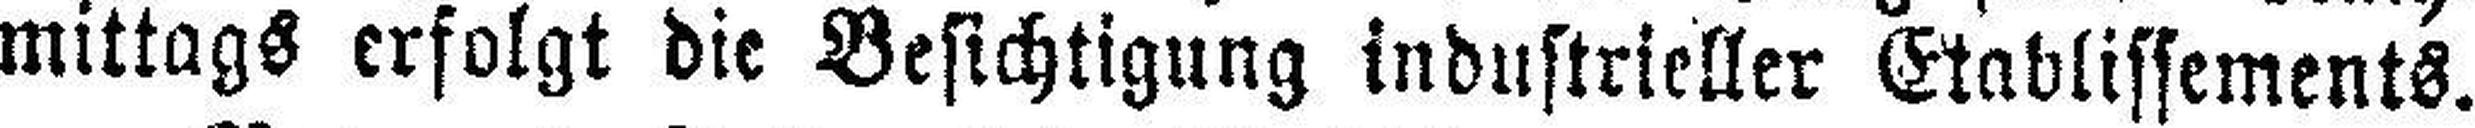
mittags erfolgt die Besichtigung industrieller Etablissements.